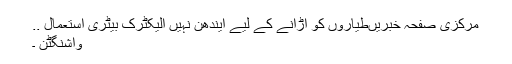
مرکزی صفحہ خبریںطیاروں کو اڑانے کے لیے ایندھن نہیں الیکٹرک بیٹری استعمال ..
واشنگٹن ۔